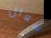
سعال